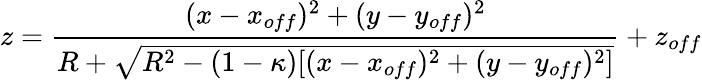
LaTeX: z=\frac{(x-x_{off})^{2}+(y-y_{off})^{2}}{R+\sqrt{R^{2}-(1-\kappa)[(x-x_{off})^{2}+(y-y_{off})^{2}]}}+z_{off}